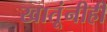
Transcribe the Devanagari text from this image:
खातूंनीही